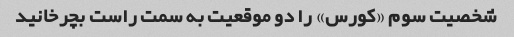
شخصیت سوم «کورس» را دو موقعیت به سمت راست بچرخانید